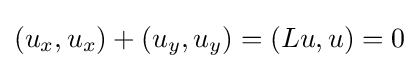
(u_{x},u_{x})+(u_{y},u_{y})=(Lu,u)=0